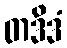
တဒိဒံ